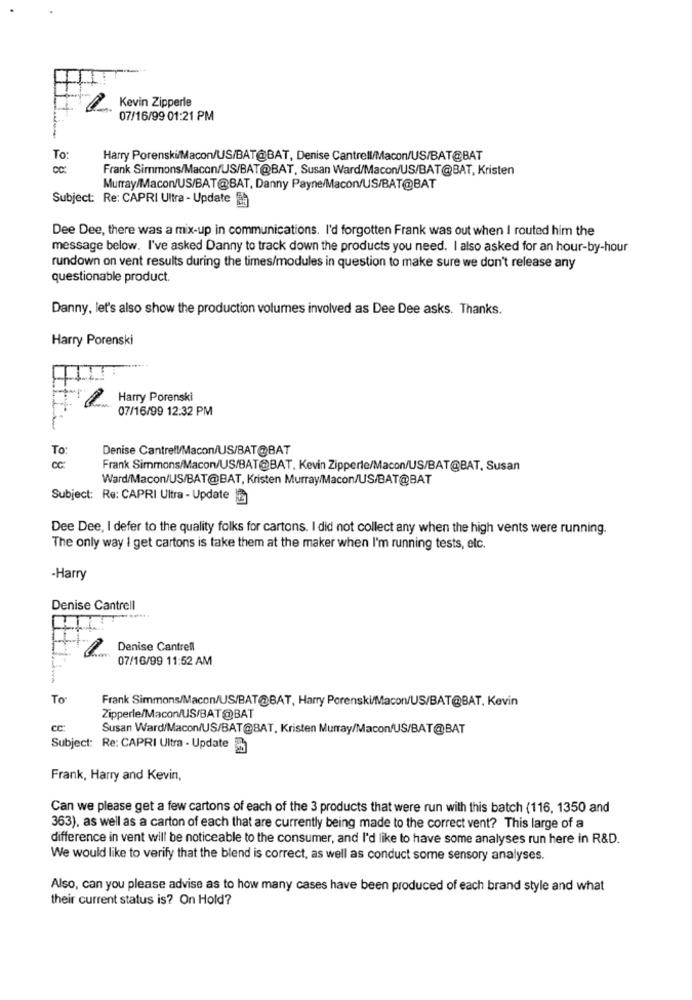
Kevin Zipperle
07/16/99 01:21 PM
To:
Harry Porenski/Macon/US/BAT@BAT, Denise Cantrell/Macon/US/BAT@BAT
Frank Simmons/Macon/US/BAT@BAT, Susan Ward/Macon/US/BAT@BAT, Kristen
Murray/Macon/US/BAT@BAT, Danny Payne/Macon/US/BAT@BAT
Subject: Re: CAPRI Ultra - Update )
Dee Dee, there was a mix-up in communications. I'd forgotten Frank was out when I routed him the
message below. I've asked Danny to track down the products you need. I also asked for an hour-by-hour
rundown on vent results during the times/modules in question to make sure we don't release any
questionable product.
Danny, let's also show the production volumes involved as Dee Dee asks. Thanks.
Harry Porenski
Harry Porenski
07/16/99 12:32 PM
To:
Denise Cantrell/Macon/US/BAT@BAT
Frank Simmons/Macon/US/BAT@BAT, Kevin Zipperle/Macon/US/BAT@BAT, Susan
Ward/Macon/US/BAT@BAT, Kristen Murray/Macon/US/BAT@BAT
Subject: Re: CAPRI Ultra - Update
Dee Dee, I defer to the quality folks for cartons. I did not collect any when the high vents were running.
The only way I get cartons is take them at the maker when I'm running tests, etc.
-Harry
Denise Cantrell
Denise Cantrell
07/16/99 11:52 AM
To
Frank Simmons/Macon/US/BAT@BAT, Harry Porenski/Macon/US/BAT@BAT, Kevin
Zipperle/Macon/US/BAT@BAT
Susan Ward/Macon/US/BAT@BAT, Kristen Murray/Macon/US/BAT@BAT
Subject: Re: CAPRI Ultra - Update
Frank, Harry and Kevin,
Can we please get a few cartons of each of the 3 products that were run with this batch (116, 1350 and
363), as well as a carton of each that are currently being made to the correct vent? This large of a
difference in vent will be noticeable to the consumer, and I'd like to have some analyses run here in R&D.
We would like to verify that the blend is correct, as well as conduct some sensory analyses.
Also, can you please advise as to how many cases have been produced of each brand style and what
their current status is? On Hold?